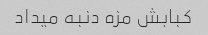
کبابش مزه دنبه میداد